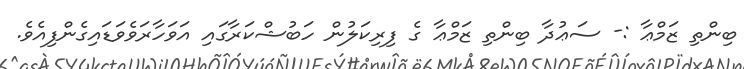
ބިންތި ޒަމްޢާ :- ސަޢުދާ ބިންތި ޒަމްޢާ ގެ ފިރިކަލުން ހަބުޝްކަރާގައި އަވަހާރަވެވަޑައިގެންފިއެވެ.